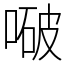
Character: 㗞